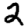
Digit: 2